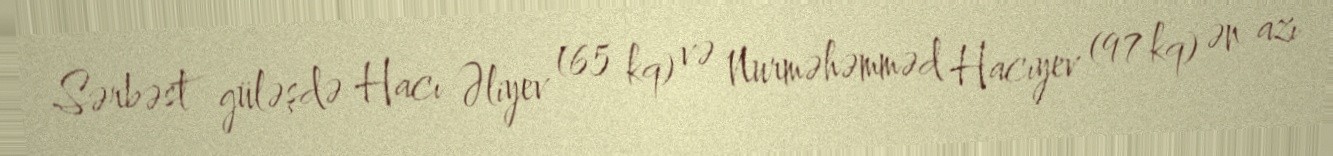
Sərbəst güləşdə Hacı Əliyev (65 kq) və Nurməhəmməd Hacıyev (97 kq) ən azı